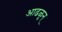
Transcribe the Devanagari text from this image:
आढळून्